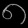
Digit: ၈